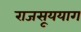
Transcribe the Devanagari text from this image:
राजसूययाग